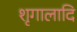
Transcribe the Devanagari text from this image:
शृगालादि